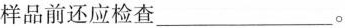
样品前还应检查___。